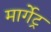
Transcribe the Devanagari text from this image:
मार्गेट्र